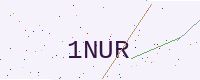
Text: 1NUR